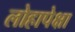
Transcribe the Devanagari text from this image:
लोहापेक्षा